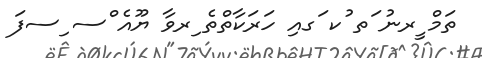
ތަމް ީރނު ަތ ުކ ަގއި ހަރަކާތްތެ ިރވާ ޔޫއެ ްސ ިސފަ